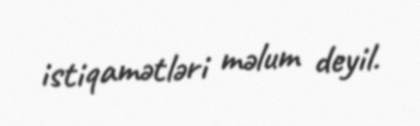
istiqamətləri məlum deyil.